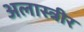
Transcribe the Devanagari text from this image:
अलास्त्रीर